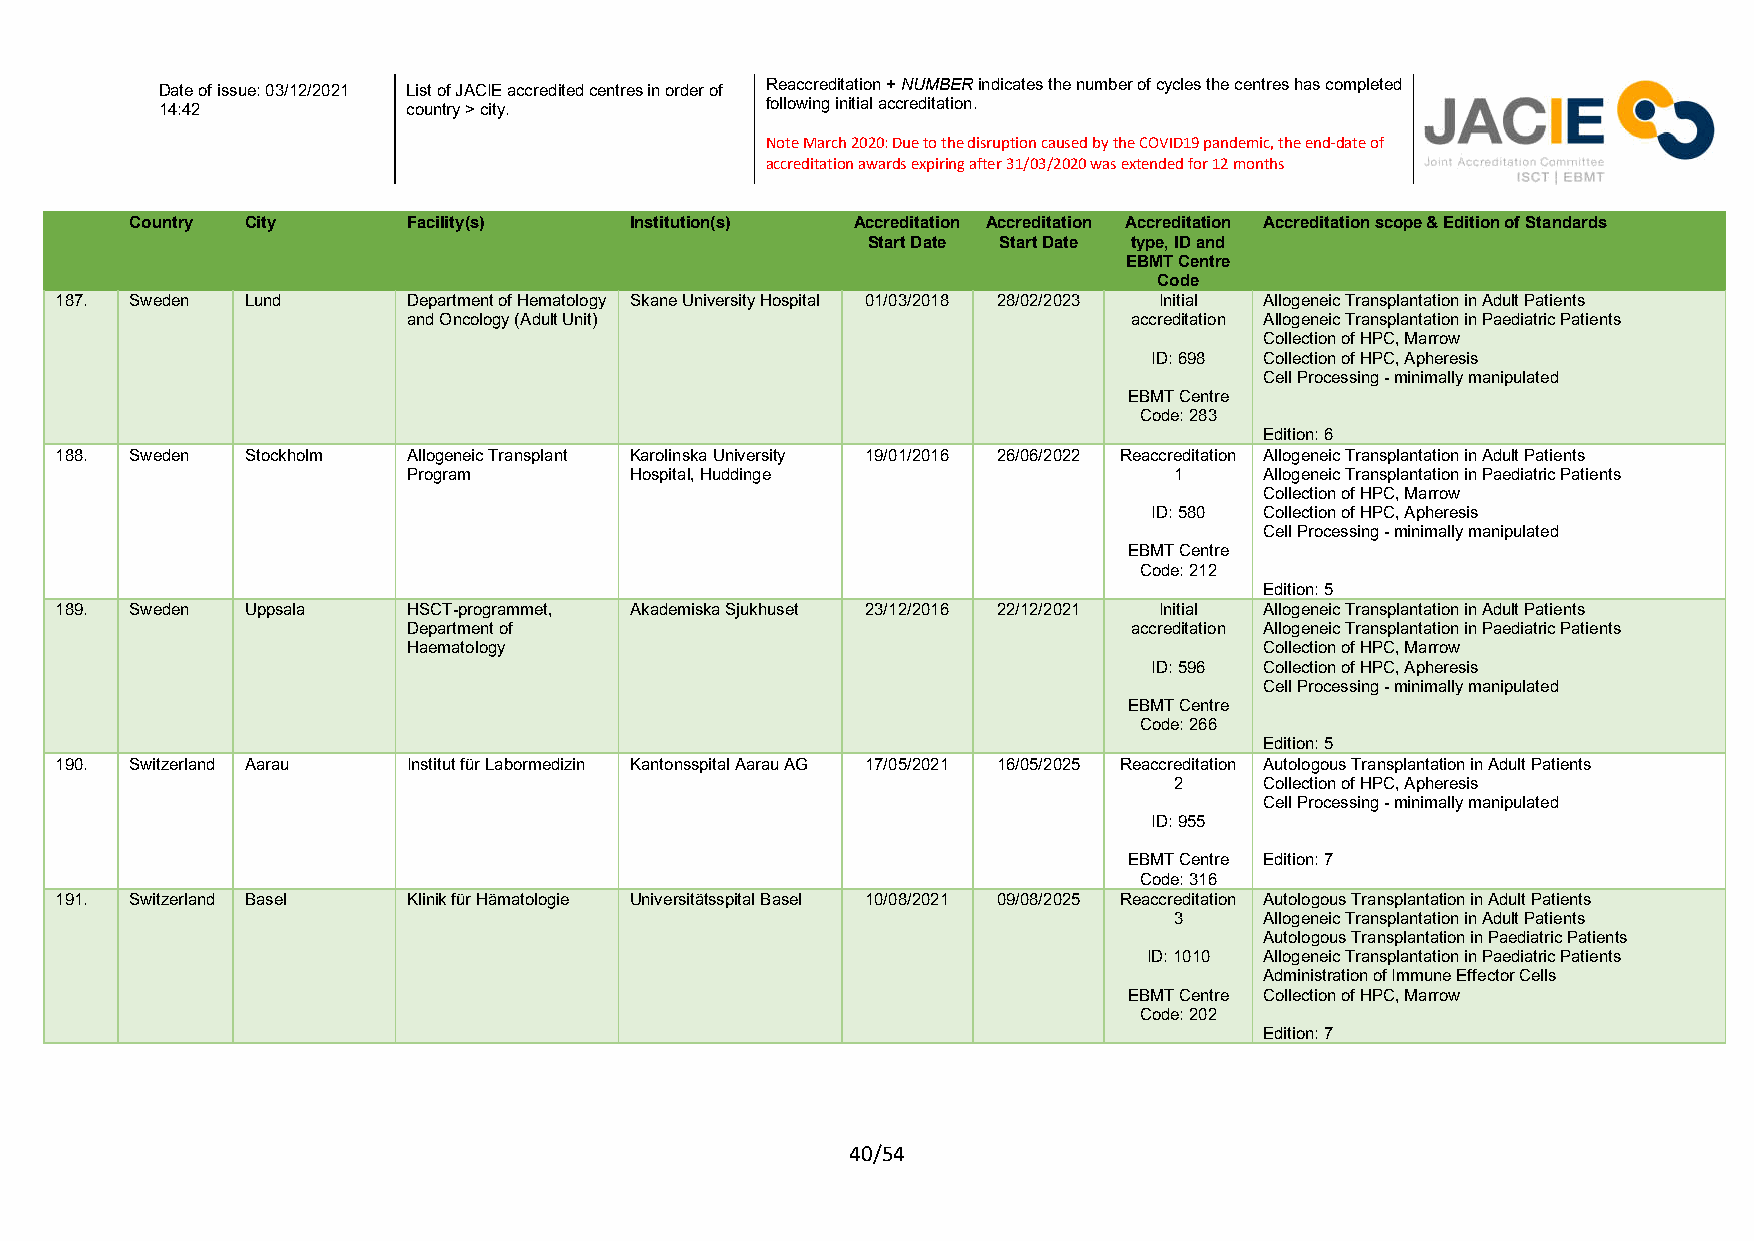
Reaccreditation + NUMBER indicates the number of cycles the centres has completed
 Date of issue: 03/12/2021 List of JACIE accredited centres in order of
 following initial accreditation.
 14:42           country > city.
 Note March 2020: Due to the disruption caused by the COVID19 pandemic, the end-date of
 accreditation awards expiring after 31/03/2020 was extended for 12 months
 Country City      Facility(s)    Institution(s) Accreditation Accreditation Accreditation Accreditation scope & Edition of Standards
 Start Date Start Date type, ID and
 EBMT Centre
 Code
 187. Sweden Lund       Department of Hematology Skane University Hospital 01/03/2018 28/02/2023 Initial Allogeneic Transplantation in Adult Patients
 and Oncology (Adult Unit)                       accreditation Allogeneic Transplantation in Paediatric Patients
 Collection of HPC, Marrow
 ID: 698 Collection of HPC, Apheresis
 Cell Processing - minimally manipulated
 EBMT Centre
 Code: 283
 Edition: 6
 188. Sweden Stockholm  Allogeneic Transplant Karolinska University 19/01/2016 26/06/2022 Reaccreditation Allogeneic Transplantation in Adult Patients
 Program        Hospital, Huddinge                  1     Allogeneic Transplantation in Paediatric Patients
 Collection of HPC, Marrow
 ID: 580 Collection of HPC, Apheresis
 Cell Processing - minimally manipulated
 EBMT Centre
 Code: 212
 Edition: 5
 189. Sweden Uppsala    HSCT-programmet, Akademiska Sjukhuset 23/12/2016 22/12/2021 Initial Allogeneic Transplantation in Adult Patients
 Department of                                   accreditation Allogeneic Transplantation in Paediatric Patients
 Haematology                                              Collection of HPC, Marrow
 ID: 596 Collection of HPC, Apheresis
 Cell Processing - minimally manipulated
 EBMT Centre
 Code: 266
 Edition: 5
 190. Switzerland Aarau Institut für Labormedizin Kantonsspital Aarau AG 17/05/2021 16/05/2025 Reaccreditation Autologous Transplantation in Adult Patients
 2     Collection of HPC, Apheresis
 Cell Processing - minimally manipulated
 ID: 955
 EBMT Centre Edition: 7
 Code: 316
 191. Switzerland Basel Klinik für Hämatologie Universitätsspital Basel 10/08/2021 09/08/2025 Reaccreditation Autologous Transplantation in Adult Patients
 3     Allogeneic Transplantation in Adult Patients
 Autologous Transplantation in Paediatric Patients
 ID: 1010 Allogeneic Transplantation in Paediatric Patients
 Administration of Immune Effector Cells
 EBMT Centre Collection of HPC, Marrow
 Code: 202
 Edition: 7
 40/54